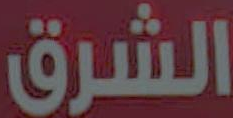
الشرق